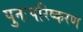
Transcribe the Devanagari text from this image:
पुनःपरिष्करण